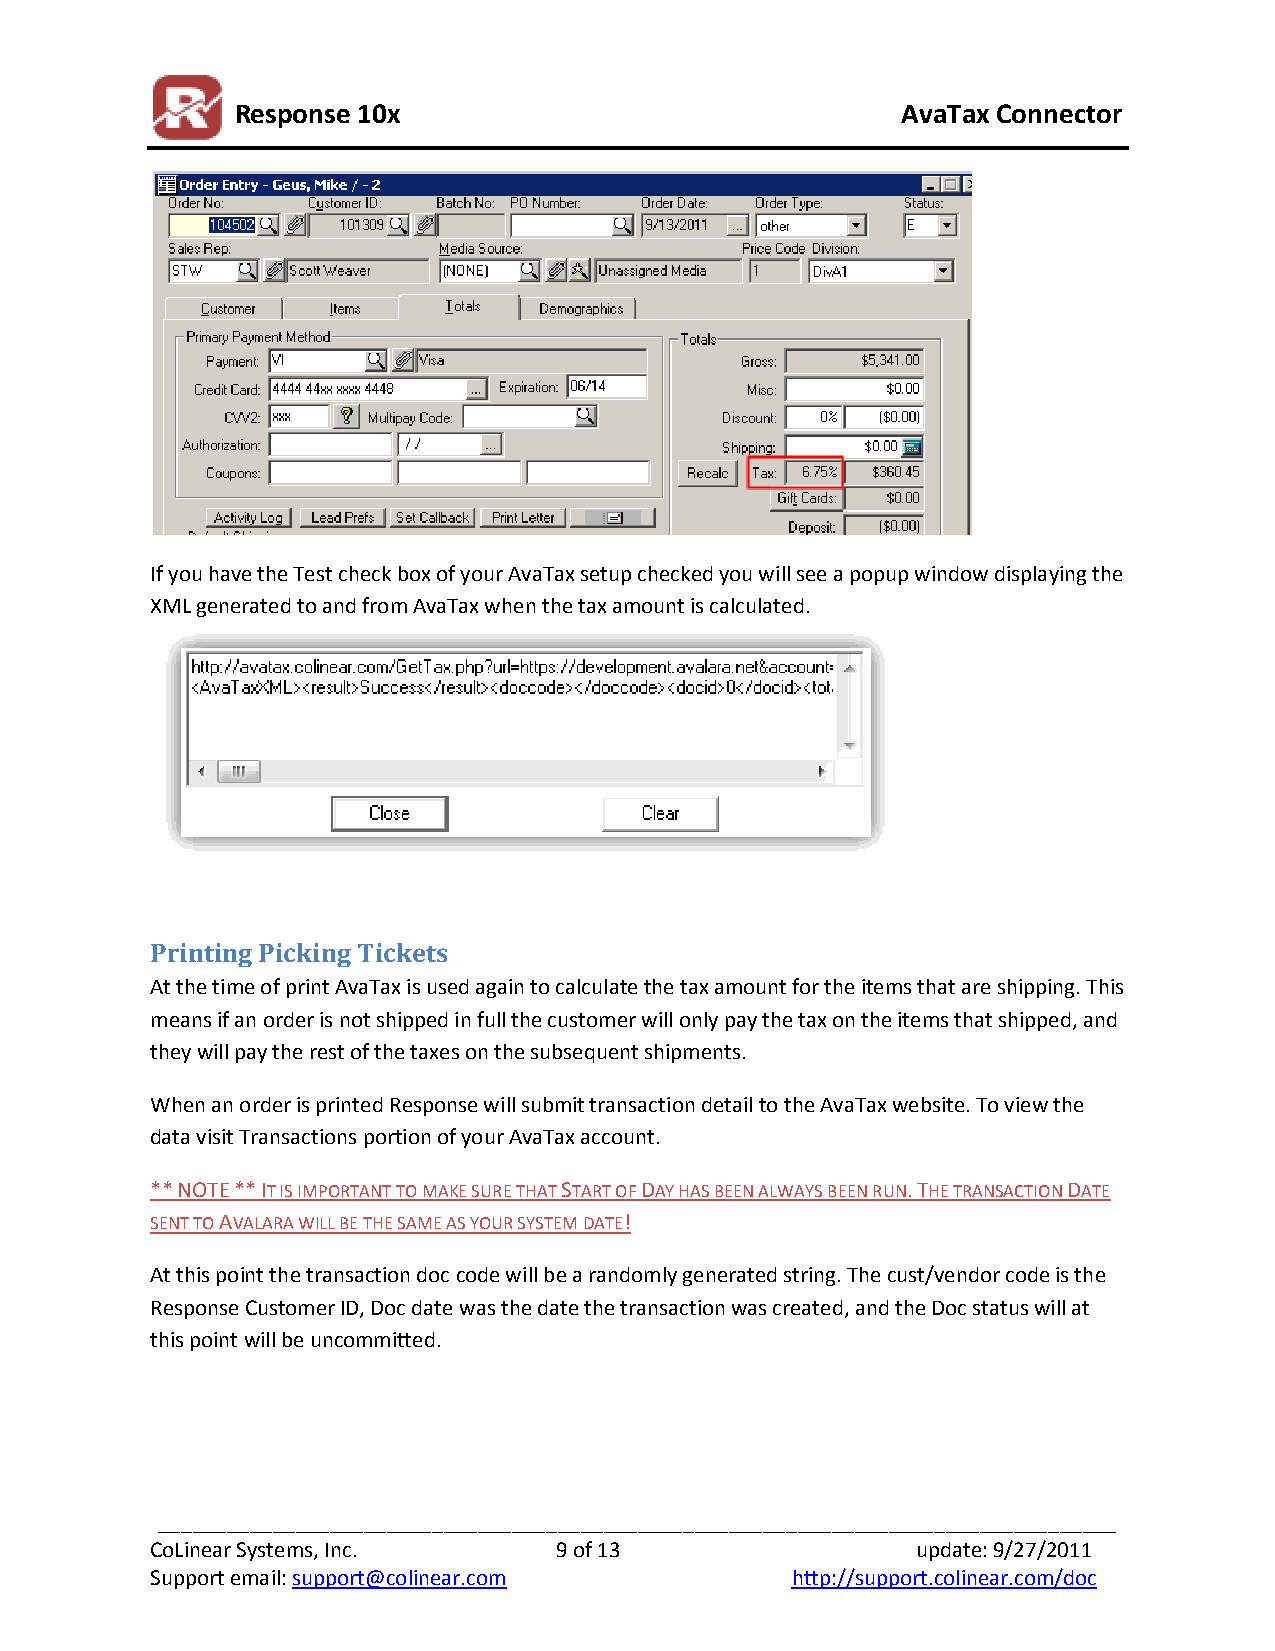
Response 10x                                AvaTax Connector
 If you have the Test check box of your AvaTax setup checked you will see a popup window displaying the
 XML generated to and from AvaTax when the tax amount is calculated.
 Printing Picking Tickets
 At the time of print AvaTax is used again to calculate the tax amount for the items that are shipping. This
 means if an order is not shipped in full the customer will only pay the tax on the items that shipped, and
 they will pay the rest of the taxes on the subsequent shipments.
 When an order is printed Response will submit transaction detail to the AvaTax website. To view the
 data visit Transactions portion of your AvaTax account.
 ** NOTE ** IT IS IMPORTANT TO MAKE SURE THAT START OF DAY HAS BEEN ALWAYS BEEN RUN. THE TRANSACTION DATE
 SENT TO AVALARA WILL BE THE SAME AS YOUR SYSTEM DATE!
 At this point the transaction doc code will be a randomly generated string. The cust/vendor code is the
 Response Customer ID, Doc date was the date the transaction was created, and the Doc status will at
 this point will be uncommitted.
 ____________________________________________________________________________________
 CoLinear Systems, Inc.     9 of 13                 update: 9/27/2011
 Support email: support@colinear.com       http://support.colinear.com/doc